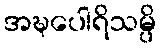
အဍ္ဎပေါရိသမ္ပိ